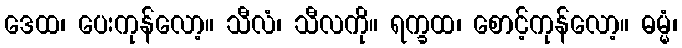
ဒေထ၊ ပေးကုန်လော့။ သီလံ၊ သီလကို။ ရက္ခထ၊ စောင့်ကုန်လော့။ ဓမ္မံ၊